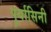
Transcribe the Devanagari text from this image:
पुर्वासिनी